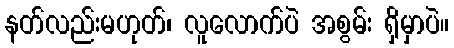
နတ်လည်းမဟုတ်၊ လူလောက်ပဲ အစွမ်း ရှိမှာပဲ။